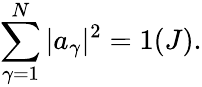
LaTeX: \sum_{\gamma=1}^{N}|a_{\gamma}|^{2}=1(J).